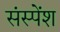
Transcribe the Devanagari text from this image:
संस्‍पेंश